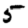
Digit: 5